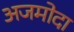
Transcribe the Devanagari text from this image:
अजमोदा